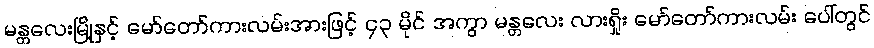
မန္တလေးမြို့နှင့် မော်တော်ကားလမ်းအားဖြင့် ၄၃ မိုင် အကွာ မန္တလေး လားရှိုး မော်တော်ကားလမ်း ပေါ်တွင်